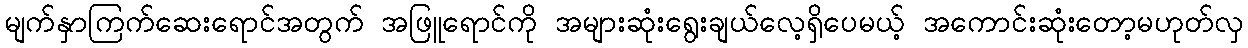
မျက်နှာကြက်ဆေးရောင်အတွက် အဖြူရောင်ကို အများဆုံးရွေးချယ်လေ့ရှိပေမယ့် အကောင်းဆုံးတော့မဟုတ်လှ